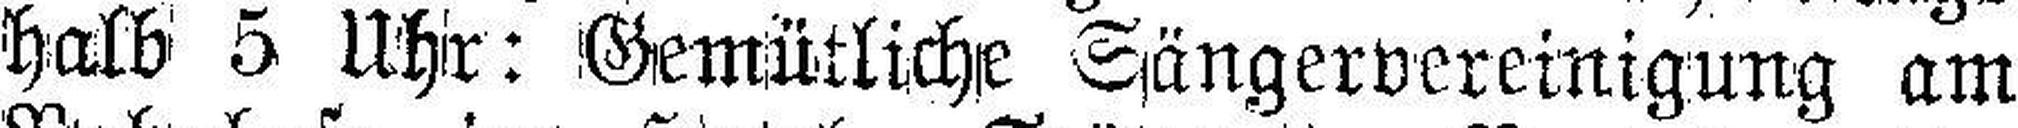
halb 5 Uhr: Gemütliche Sängervereinigung am